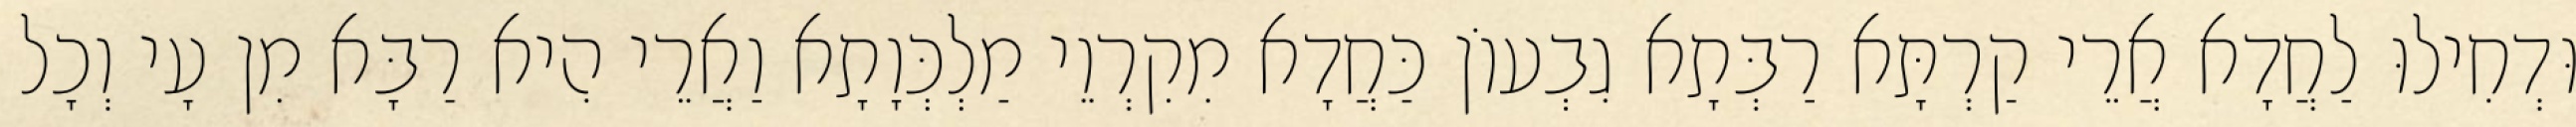
וּדְחִילוּ לַחֲדָא אֲרֵי קַרְתָּא רַבְּתָא גִבְעוֹן כַּחֲדָא מִקִרְוֵי מַלְכְּוָתָא וַאֲרֵי הִיא רַבָּא מִן עָי וְכָל